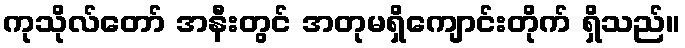
ကုသိုလ်တော် အနီးတွင် အတုမရှိကျောင်းတိုက် ရှိသည်။